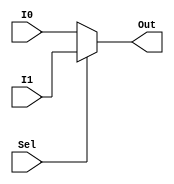
module Mux2(Out,I0,I1,Sel); // 2 X 1 ,32 Bit wide

output [31:0] Out;
input  [31:0] I0,I1;
input  Sel;

assign Out=(~Sel)?I0:I1;

endmodule

module Mux4(Out,I0,I1,I2,I3,Sel); // 4 X 1 ,32 Bit wide

	output reg [31:0] Out;
	input  [31:0] I0,I1,I2,I3;
	input  [ 1:0] Sel;

always@(I0,I1,I2,I3,Sel)
begin
	case(Sel)
		2'b00: Out=I0;
		2'b01: Out=I1;
		2'b10: Out=I2;
		2'b11: Out=I3;
		default: Out=I0;
	endcase // Sel
end
endmodule